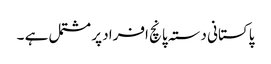
پاکستانی دستہ پانچ افراد پر مشتمل ہے ۔